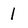
Character: 1